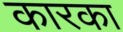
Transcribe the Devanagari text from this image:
कारका